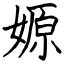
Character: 嫄